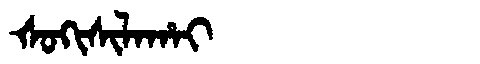
Manchu: ᡧᠣᡴᡳᠰᡳᠯᠠᡥᠠᡳ
Romanization: ŠOKISILAHAI